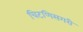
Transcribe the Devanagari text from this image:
चिटणिसगरी